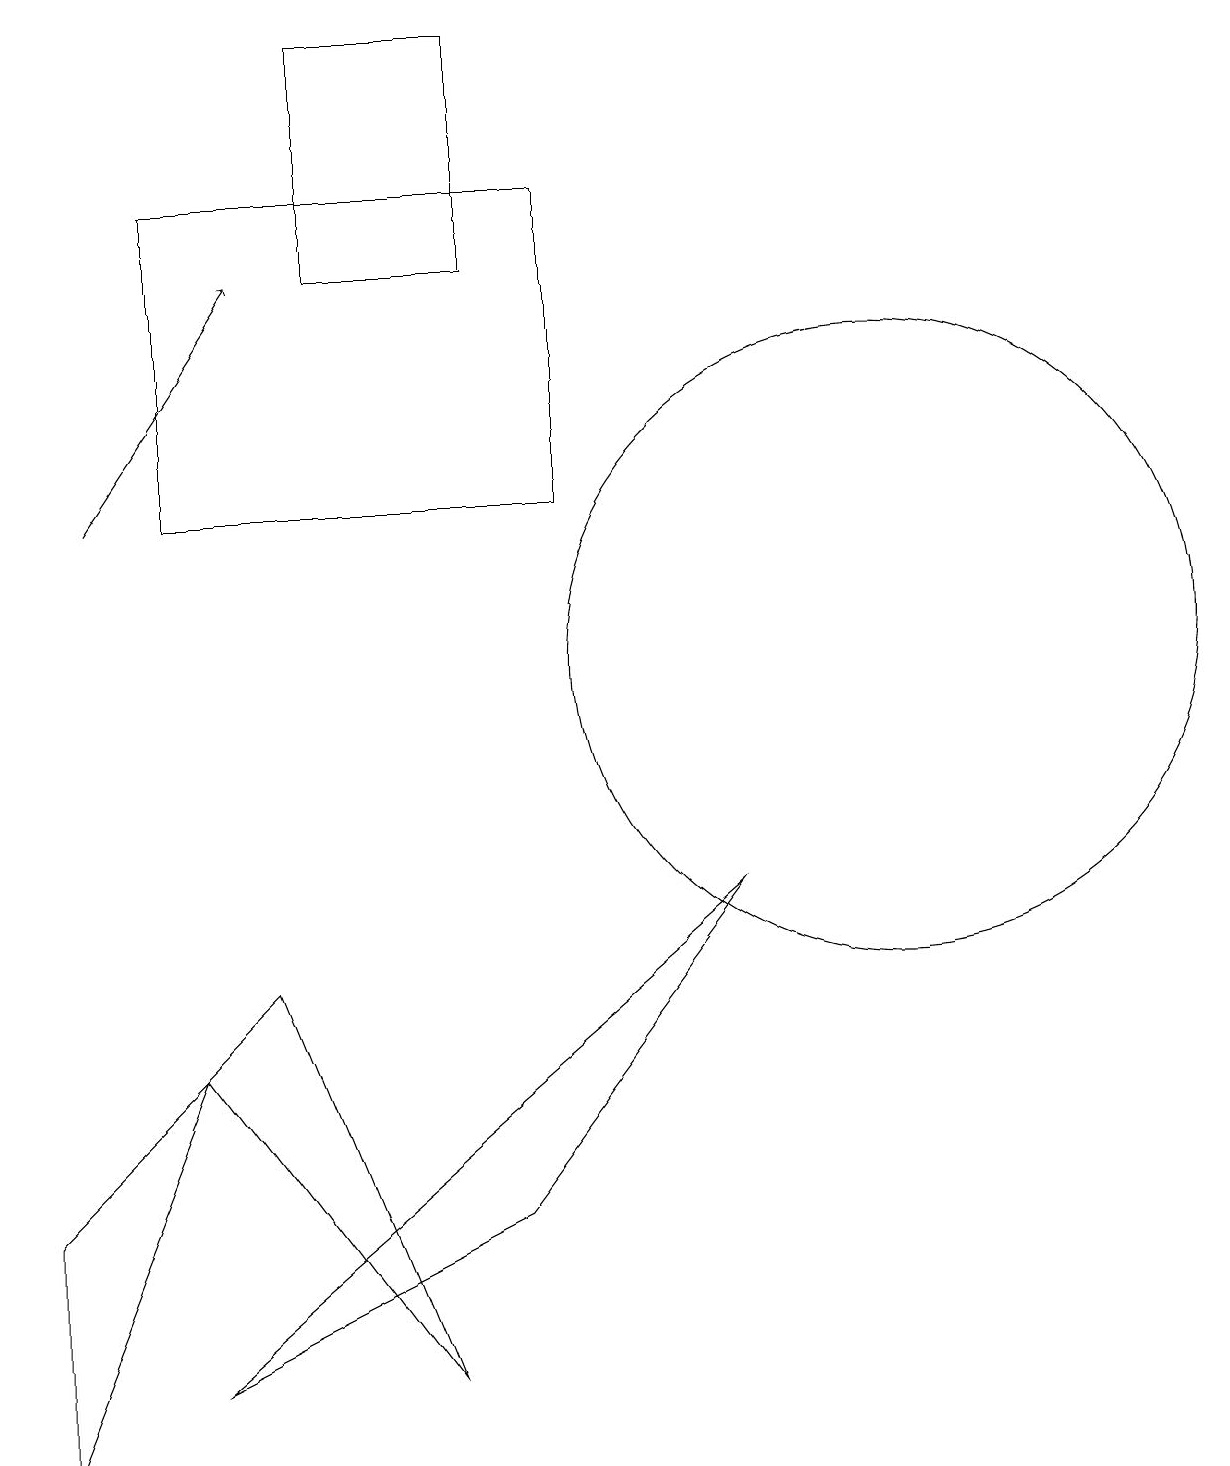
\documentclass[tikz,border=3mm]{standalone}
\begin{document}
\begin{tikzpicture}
\draw (3,7) -- (5,2) -- (2,6) -- cycle;
\draw (6,19) rectangle (4,16);
\draw (2,6) -- (0,1) -- (0,4) -- cycle;
\draw (7,17) rectangle (2,13);
\draw (10,11) circle (0);
\draw (6,4) -- (9,8) -- (2,2) -- cycle;
\draw (11,11) circle (4);
\draw[->] (1,13) -- (3,16);
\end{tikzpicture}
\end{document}